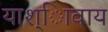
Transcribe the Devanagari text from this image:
याश्ािवाय